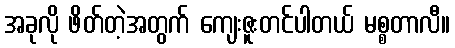
အခုလို ဖိတ်တဲ့အတွက် ကျေးဇူးတင်ပါတယ် မစ္စတာလီ။